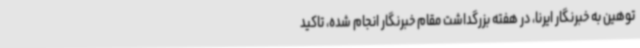
توهین به خبرنگار ایرنا، در هفته بزرگداشت مقام خبرنگار انجام شده، تاکید